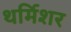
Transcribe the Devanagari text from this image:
थर्मिशर